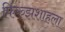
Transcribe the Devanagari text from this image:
फिरुझशाहला